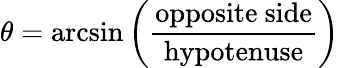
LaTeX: \theta=\arcsin\left({\frac{\mathrm{opposite~side}}{\mathrm{hypotenuse}}}\right)